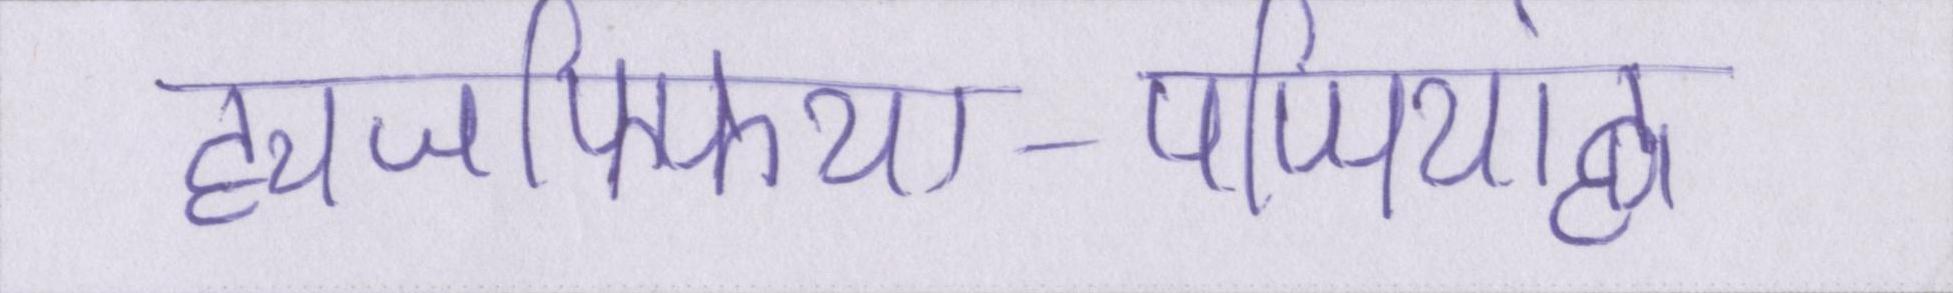
ह्यजफ्फिया-पप्पियांह्ण